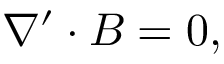
\begin{array} { r } { \nabla ^ { \prime } \cdot \boldsymbol { B } = 0 , } \end{array}